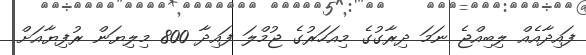
ފައިދާއެއް ލިބިއްޖެ ނަމަ ދިރާގުގެ މިއަހަރުގެ ޖުމްލަ ފައިދާ 800 މިލިޔަން ރުފިޔާއަށް